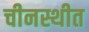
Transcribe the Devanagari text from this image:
चीनस्थीत